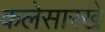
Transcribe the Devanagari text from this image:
कलेसारखे